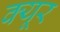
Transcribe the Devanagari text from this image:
क्यूर